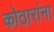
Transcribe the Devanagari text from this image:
कोठारांना